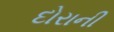
દોરાની